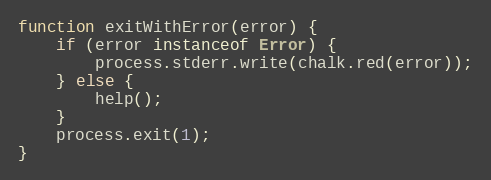
Language: JavaScript
function exitWithError(error) {
    if (error instanceof Error) {
        process.stderr.write(chalk.red(error));
    } else {
        help();
    }
    process.exit(1);
}